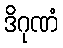
ဒိဂုဏံ